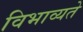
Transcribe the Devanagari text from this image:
विभाव्यते